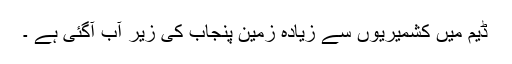
ڈیم میں کشمیریوں سے زیادہ زمین پنجاب کی زیر آب آگئی ہے ۔